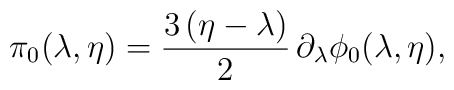
\pi_0(\lambda,\eta) =  {3\,(\eta - \lambda)\over 2}\,\partial_{\lambda}\phi_0(\lambda,\eta ) ,